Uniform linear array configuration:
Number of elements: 4
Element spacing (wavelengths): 1
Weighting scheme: binomial
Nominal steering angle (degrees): -15
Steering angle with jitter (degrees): -15.613
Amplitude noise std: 0.05
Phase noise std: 0.05

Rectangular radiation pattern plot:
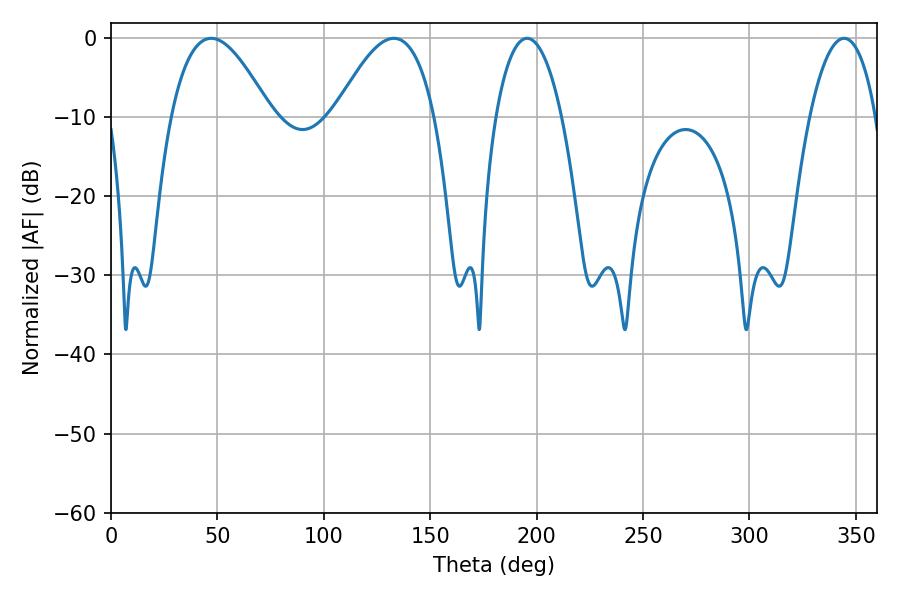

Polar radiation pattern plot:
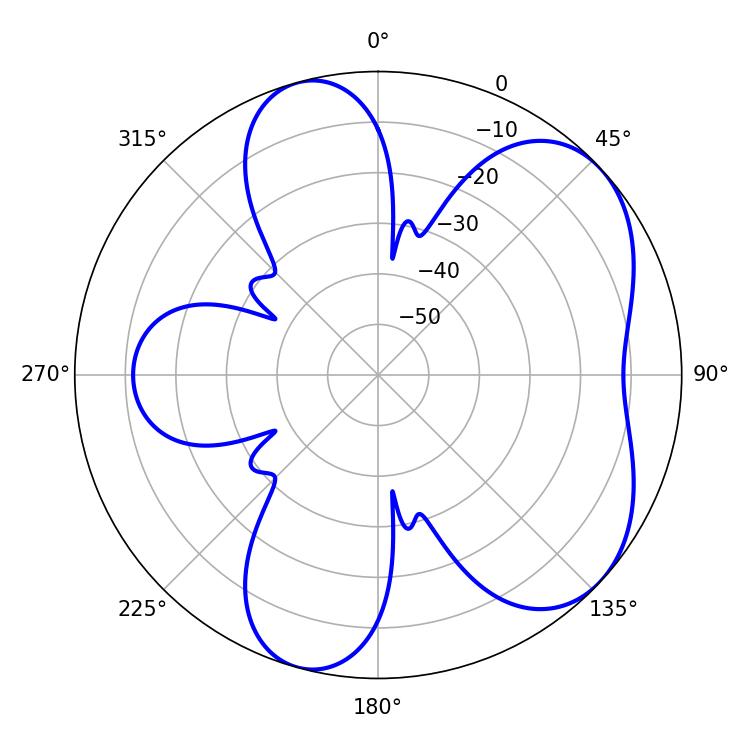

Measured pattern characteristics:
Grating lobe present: TRUE
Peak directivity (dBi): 5.63
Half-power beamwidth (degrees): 17.46
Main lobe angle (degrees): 195.48